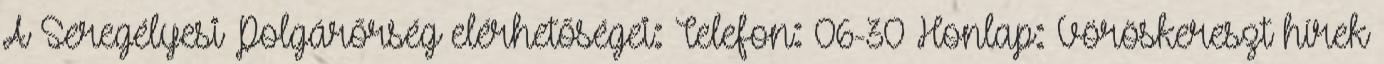
A Seregélyesi Polgárőrség elérhetőségei: Telefon: 06-30 Honlap: Vöröskereszt hírek